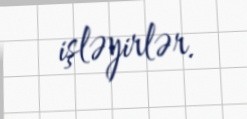
işləyirlər.